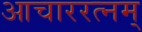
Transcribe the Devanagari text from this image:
आचाररत्नम्